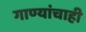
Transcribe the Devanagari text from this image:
गाण्यांचाही